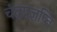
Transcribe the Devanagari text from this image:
चंद्रप्रज्ञप्ति